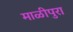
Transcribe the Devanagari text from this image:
माळीपुरा